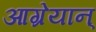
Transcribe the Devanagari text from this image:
आग्रेयान्